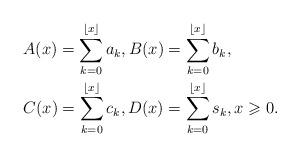
LaTeX: \begin{align*}&A(x)=\sum_{k=0}^{\lfloor x\rfloor}a_k, B(x)=\sum_{k=0}^{\lfloor x\rfloor}b_k, \\&C(x)=\sum_{k=0}^{\lfloor x\rfloor}c_k, D(x)=\sum_{k=0}^{\lfloor x\rfloor}s_k, x\geqslant0.\end{align*}